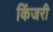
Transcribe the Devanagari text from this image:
किंजरी